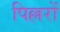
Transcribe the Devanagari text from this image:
पिल्लरों